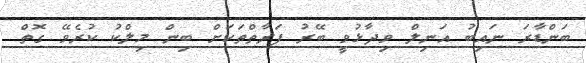
ބަންޑާރަ ނައިބު އަނިލް ވިދާޅުވީ ބޭރު ފަރާތްތަކަށް ބިން މިލްކު ކުރެވޭ ގޮތް